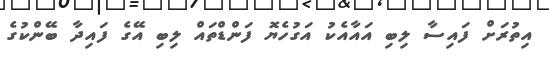
އިތުރަށް ފައިސާ ލިބި އައާއެކު އަގުހެޔޮ ފަންޑްތައް ލިބި އޭގެ ފައިދާ ބޭންކުގެ